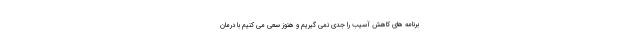
برنامه های کاهش آسیب را جدی نمی گیریم و هنوز سعی می کنیم با درمان